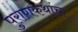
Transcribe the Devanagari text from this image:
पुराणकथांचा